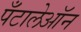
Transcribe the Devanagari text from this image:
पँटालेऑन